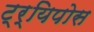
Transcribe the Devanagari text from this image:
ट्र्यिपोस